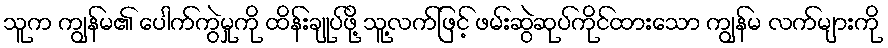
သူက ကျွန်မ၏ ပေါက်ကွဲမှုကို ထိန်းချုပ်ဖို့ သူ့လက်ဖြင့် ဖမ်းဆွဲဆုပ်ကိုင်ထားသော ကျွန်မ လက်များကို